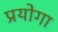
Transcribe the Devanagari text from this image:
प्रयोगा